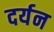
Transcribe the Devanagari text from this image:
दर्यन